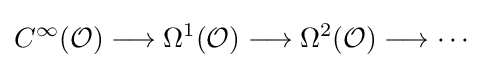
C^{\infty }({\mathcal {O}})\longrightarrow \Omega ^{1}({\mathcal {O}})\longrightarrow \Omega ^{2}({\mathcal {O}})\longrightarrow \cdots